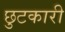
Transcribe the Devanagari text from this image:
छुटकारी